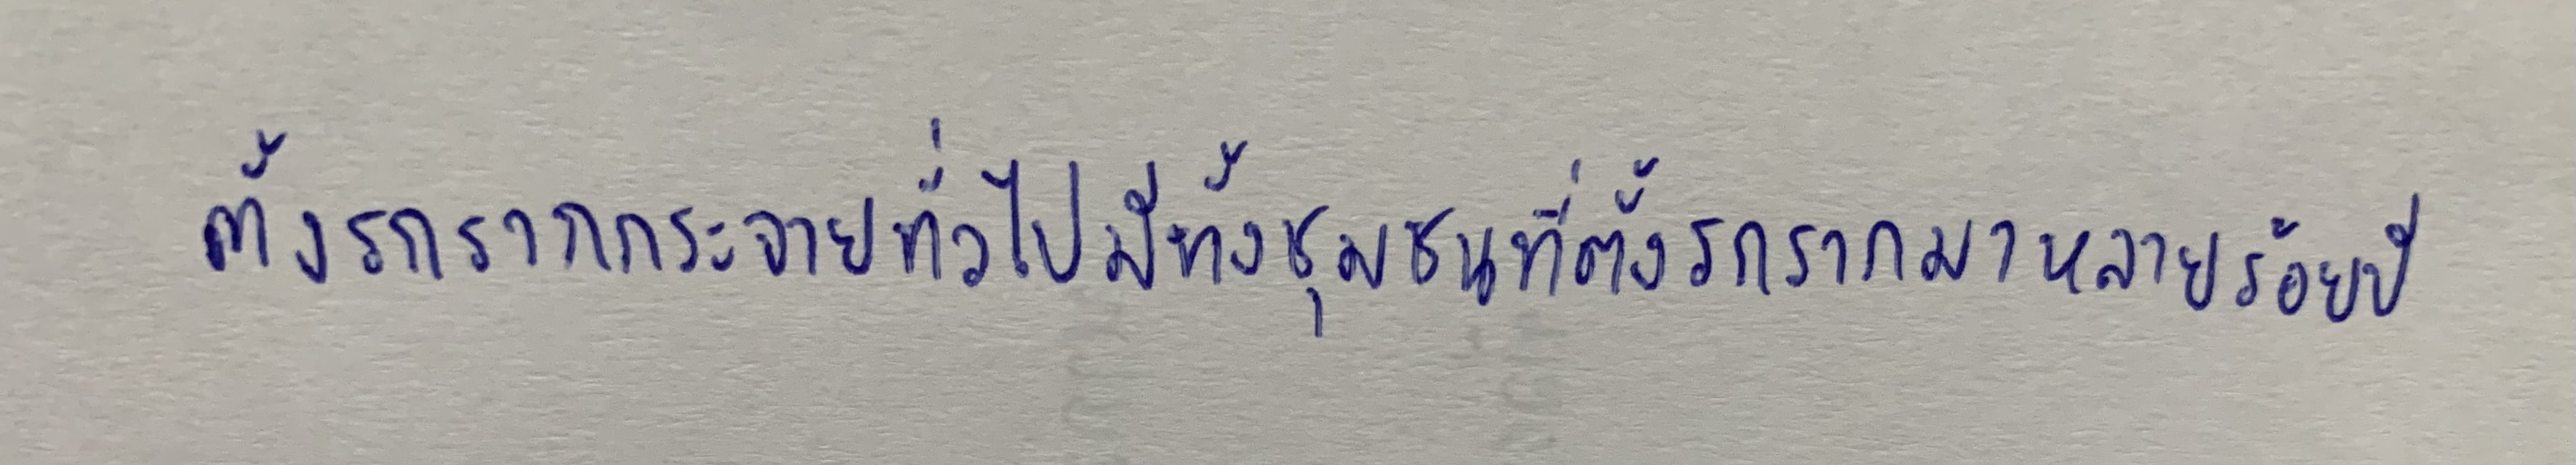
ตั้งรกรากกระจายทั่วไปมีทั้งชุมชนที่ตั้งรกรากมาหลายร้อยปี